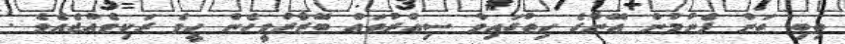
ތިބި ތަން ފެނުމުން އޭނާގެ ހިތުގައިވާ ސިއްރުތައް ބޭޒާރުވީހެން ހީވެ ރަކިވެއްޖެއެވެ .